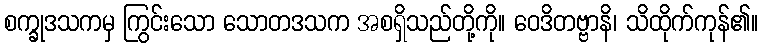
စက္ခုဒသကမှ ကြွင်းသော သောတဒသက အစရှိသည်တို့ကို။ ဝေဒိတဗ္ဗာနိ၊ သိထိုက်ကုန်၏။